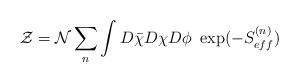
LaTeX: \begin{align*}{\cal Z} = {\cal N}\sum_n\int D \bar \chi D \chi D\phi ~ \exp (- S_{eff}^{(n)})\end{align*}